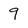
Character: 9